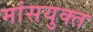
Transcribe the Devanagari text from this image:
मांसयुक्त